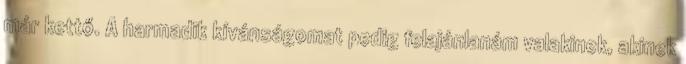
már kettő. A harmadik kívánságomat pedig felajánlanám valakinek, akinek